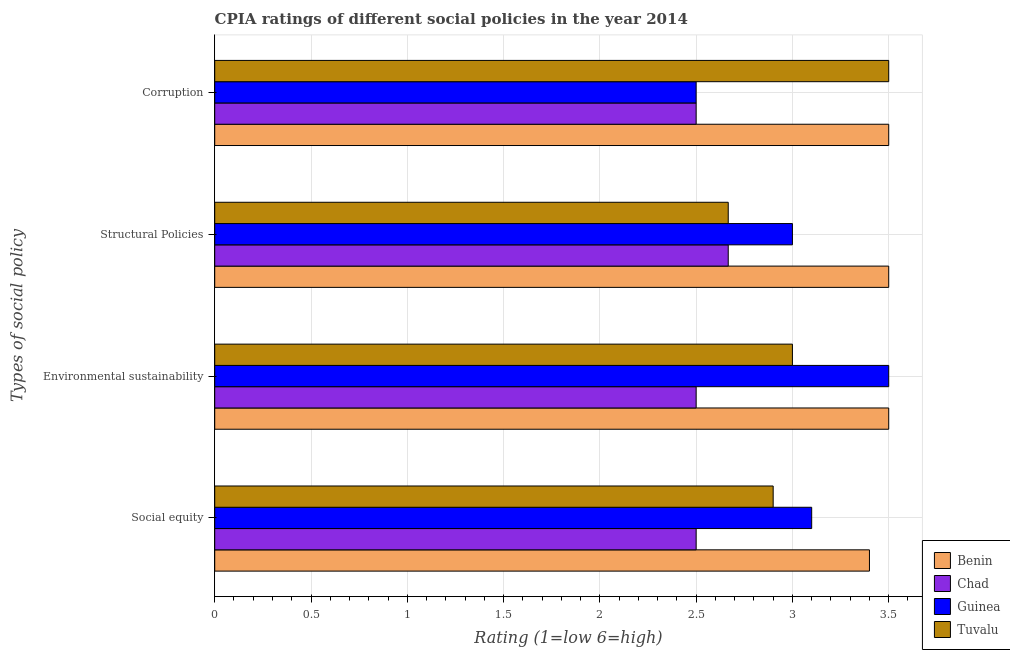
| Types of social policy | Benin | Chad | Guinea | Tuvalu |
 | --- | --- | --- | --- | --- |
 | Social equity | 3.4 | 2.5 | 3.1 | 2.9 |
 | Environmental sustainability | 3.5 | 2.5 | 3.5 | 3 |
 | Structural Policies | 3.5 | 2.67 | 3 | 2.67 |
 | Corruption | 3.5 | 2.5 | 2.5 | 3.5 |